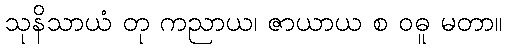
သုနိသာယံ တု ကညာယ၊ ဇာယာယ စ ဝဓူ မတာ။